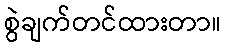
စွဲချက်တင်ထားတာ။